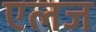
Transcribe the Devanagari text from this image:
एलज